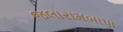
જલારામબાપા